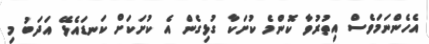
އެހެންނަމަވެސް އިތުރުވާ ކޮންމެ ކުށަކާ ގުޅިގެން އެ ކުށަކަށް ކަނޑައެޅޭ އަދަބު މި